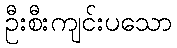
ဦးစီးကျင်းပသော